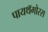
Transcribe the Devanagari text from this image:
पायथॅगोरस